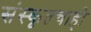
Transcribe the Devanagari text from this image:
संस्कृतचाही